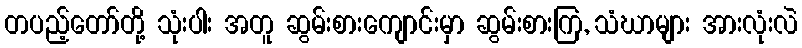
တပည့်တော်တို့ သုံးပါး အတူ ဆွမ်းစားကျောင်းမှာ ဆွမ်းစားကြ, သံဃာများ အားလုံးလဲ